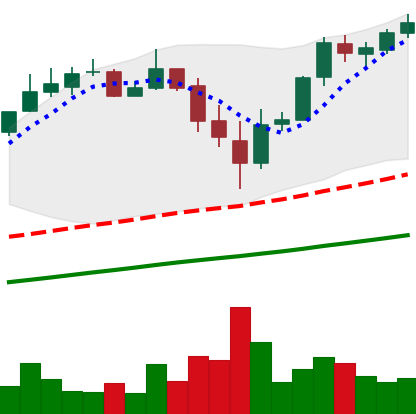
Ticker: BTC-USD
Chart end date: 2017-11-20
Forward return: 7.198%
Label: up_7plus